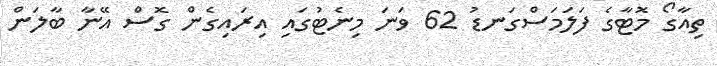
ތިއާގޯ މޮޓާގެ ފަލަމަސްގަނޑު 62 ވަނަ މިނެޓުގައި އިރައިގެން ގޮސް އޭނާ ބާލަން